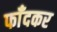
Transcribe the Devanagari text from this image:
फाँदकर